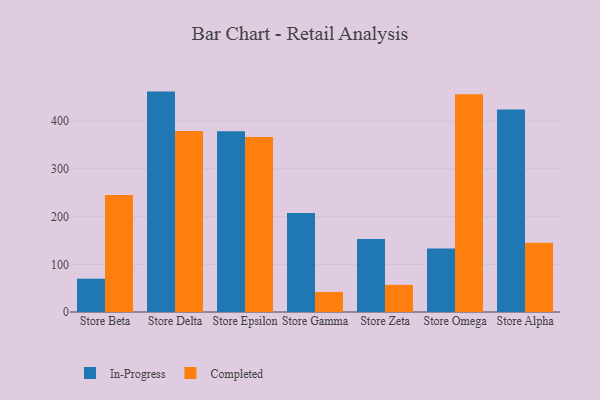
{"axis": {"x": "Store", "y": "Demand Index"}, "legend": ["Completed", "In-Progress"], "data": [{"x": "Store Beta", "y": 69.8, "type": "In-Progress"}, {"x": "Store Beta", "y": 245.2, "type": "Completed"}, {"x": "Store Delta", "y": 462.1, "type": "In-Progress"}, {"x": "Store Delta", "y": 379.7, "type": "Completed"}, {"x": "Store Epsilon", "y": 379.0, "type": "In-Progress"}, {"x": "Store Epsilon", "y": 366.7, "type": "Completed"}, {"x": "Store Gamma", "y": 207.5, "type": "In-Progress"}, {"x": "Store Gamma", "y": 42.1, "type": "Completed"}, {"x": "Store Zeta", "y": 153.3, "type": "In-Progress"}, {"x": "Store Zeta", "y": 56.9, "type": "Completed"}, {"x": "Store Omega", "y": 133.2, "type": "In-Progress"}, {"x": "Store Omega", "y": 456.3, "type": "Completed"}, {"x": "Store Alpha", "y": 424.5, "type": "In-Progress"}, {"x": "Store Alpha", "y": 145.2, "type": "Completed"}]}